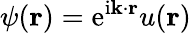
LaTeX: \psi(\mathbf{r})=\mathrm{e}^{\mathrm{i}\mathbf{k}\cdot\mathbf{r}}u(\mathbf{r})